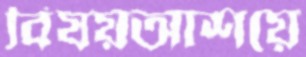
বিষয়আশয়ে